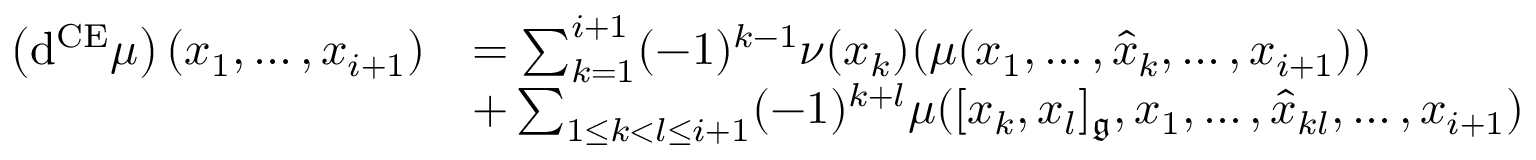
\begin{array} { r l } { \left( \mathrm { d } ^ { \mathrm { C E } } \mu \right) ( x _ { 1 } , \ldots , x _ { i + 1 } ) } & { = \sum _ { k = 1 } ^ { i + 1 } ( - 1 ) ^ { k - 1 } \nu ( x _ { k } ) ( \mu ( x _ { 1 } , \ldots , \widehat { x } _ { k } , \ldots , x _ { i + 1 } ) ) } \\ & { + \sum _ { 1 \leq k < l \leq i + 1 } ( - 1 ) ^ { k + l } \mu ( [ x _ { k } , x _ { l } ] _ { \mathfrak { g } } , x _ { 1 } , \ldots , \widehat { x } _ { k l } , \ldots , x _ { i + 1 } ) } \end{array}